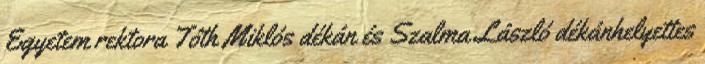
Egyetem rektora Tóth Miklós dékán és Szalma László dékánhelyettes